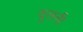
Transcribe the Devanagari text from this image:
झुलनी